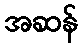
အဆန်